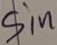
Text: Sin